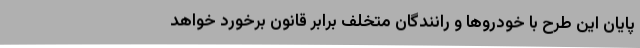
پایان این طرح با خودروها و رانندگان متخلف برابر قانون برخورد خواهد